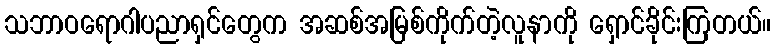
သဘာဝရောဂါပညာရှင်တွေက အဆစ်အမြစ်ကိုက်တဲ့လူနာကို ရှောင်ခိုင်းကြတယ်။